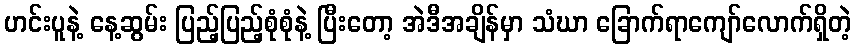
ဟင်းပူနဲ့ နေ့ဆွမ်း ပြည့်ပြည့်စုံစုံနဲ့ ပြီးတော့ အဲဒီအချိန်မှာ သံဃာ ခြောက်ရာကျော်လောက်ရှိတဲ့